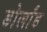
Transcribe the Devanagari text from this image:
डोर्लांड